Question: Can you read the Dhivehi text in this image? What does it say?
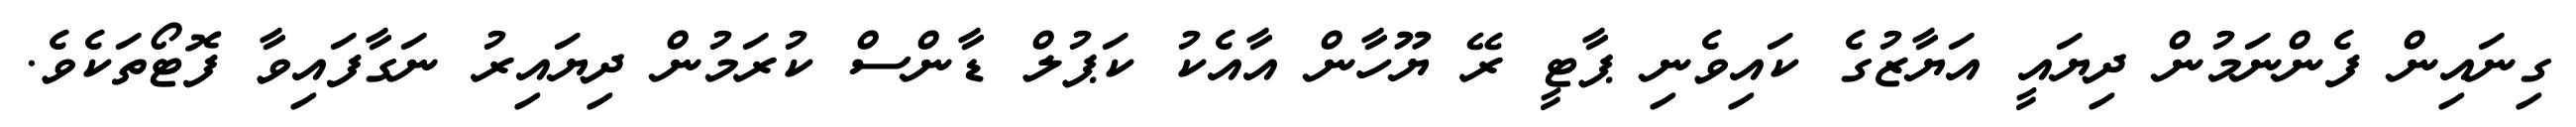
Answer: ގިނައިން ފެންނަމުން ދިޔައީ އަޔާޒުގެ ކައިވެނި ޕާޓީ ރޭ ޔޫހާން އާއެކު ކަޕުލް ޑާންސް ކުރަމުން ދިޔައިރު ނަގާފައިވާ ފޮޓޯތަކެވެ.